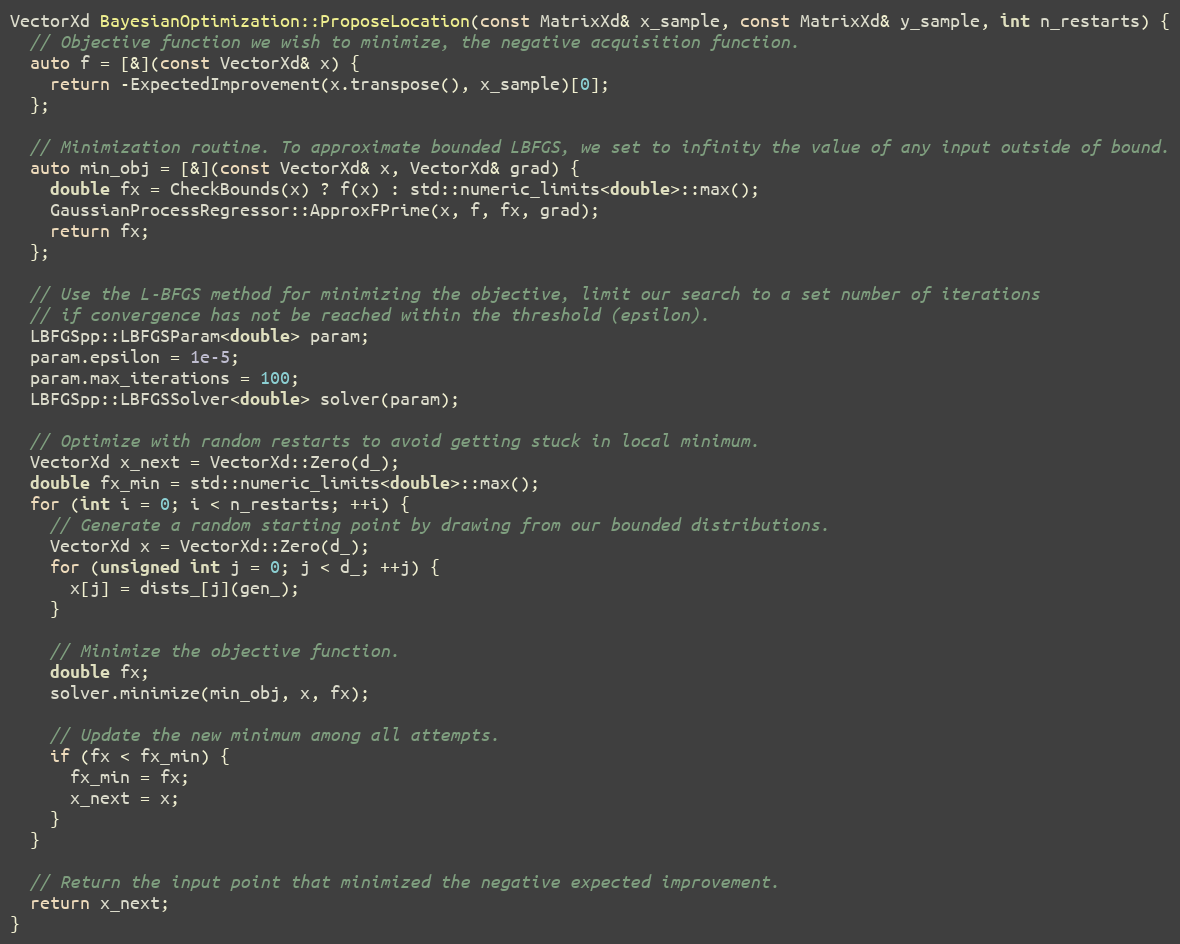
Language: C++
VectorXd BayesianOptimization::ProposeLocation(const MatrixXd& x_sample, const MatrixXd& y_sample, int n_restarts) {
  // Objective function we wish to minimize, the negative acquisition function.
  auto f = [&](const VectorXd& x) {
    return -ExpectedImprovement(x.transpose(), x_sample)[0];
  };

  // Minimization routine. To approximate bounded LBFGS, we set to infinity the value of any input outside of bound.
  auto min_obj = [&](const VectorXd& x, VectorXd& grad) {
    double fx = CheckBounds(x) ? f(x) : std::numeric_limits<double>::max();
    GaussianProcessRegressor::ApproxFPrime(x, f, fx, grad);
    return fx;
  };

  // Use the L-BFGS method for minimizing the objective, limit our search to a set number of iterations
  // if convergence has not be reached within the threshold (epsilon).
  LBFGSpp::LBFGSParam<double> param;
  param.epsilon = 1e-5;
  param.max_iterations = 100;
  LBFGSpp::LBFGSSolver<double> solver(param);

  // Optimize with random restarts to avoid getting stuck in local minimum.
  VectorXd x_next = VectorXd::Zero(d_);
  double fx_min = std::numeric_limits<double>::max();
  for (int i = 0; i < n_restarts; ++i) {
    // Generate a random starting point by drawing from our bounded distributions.
    VectorXd x = VectorXd::Zero(d_);
    for (unsigned int j = 0; j < d_; ++j) {
      x[j] = dists_[j](gen_);
    }

    // Minimize the objective function.
    double fx;
    solver.minimize(min_obj, x, fx);

    // Update the new minimum among all attempts.
    if (fx < fx_min) {
      fx_min = fx;
      x_next = x;
    }
  }

  // Return the input point that minimized the negative expected improvement.
  return x_next;
}